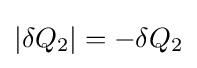
\left|\delta Q_{2}\right|=-\delta Q_{2}